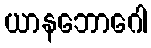
ယာနဘောဂေါ